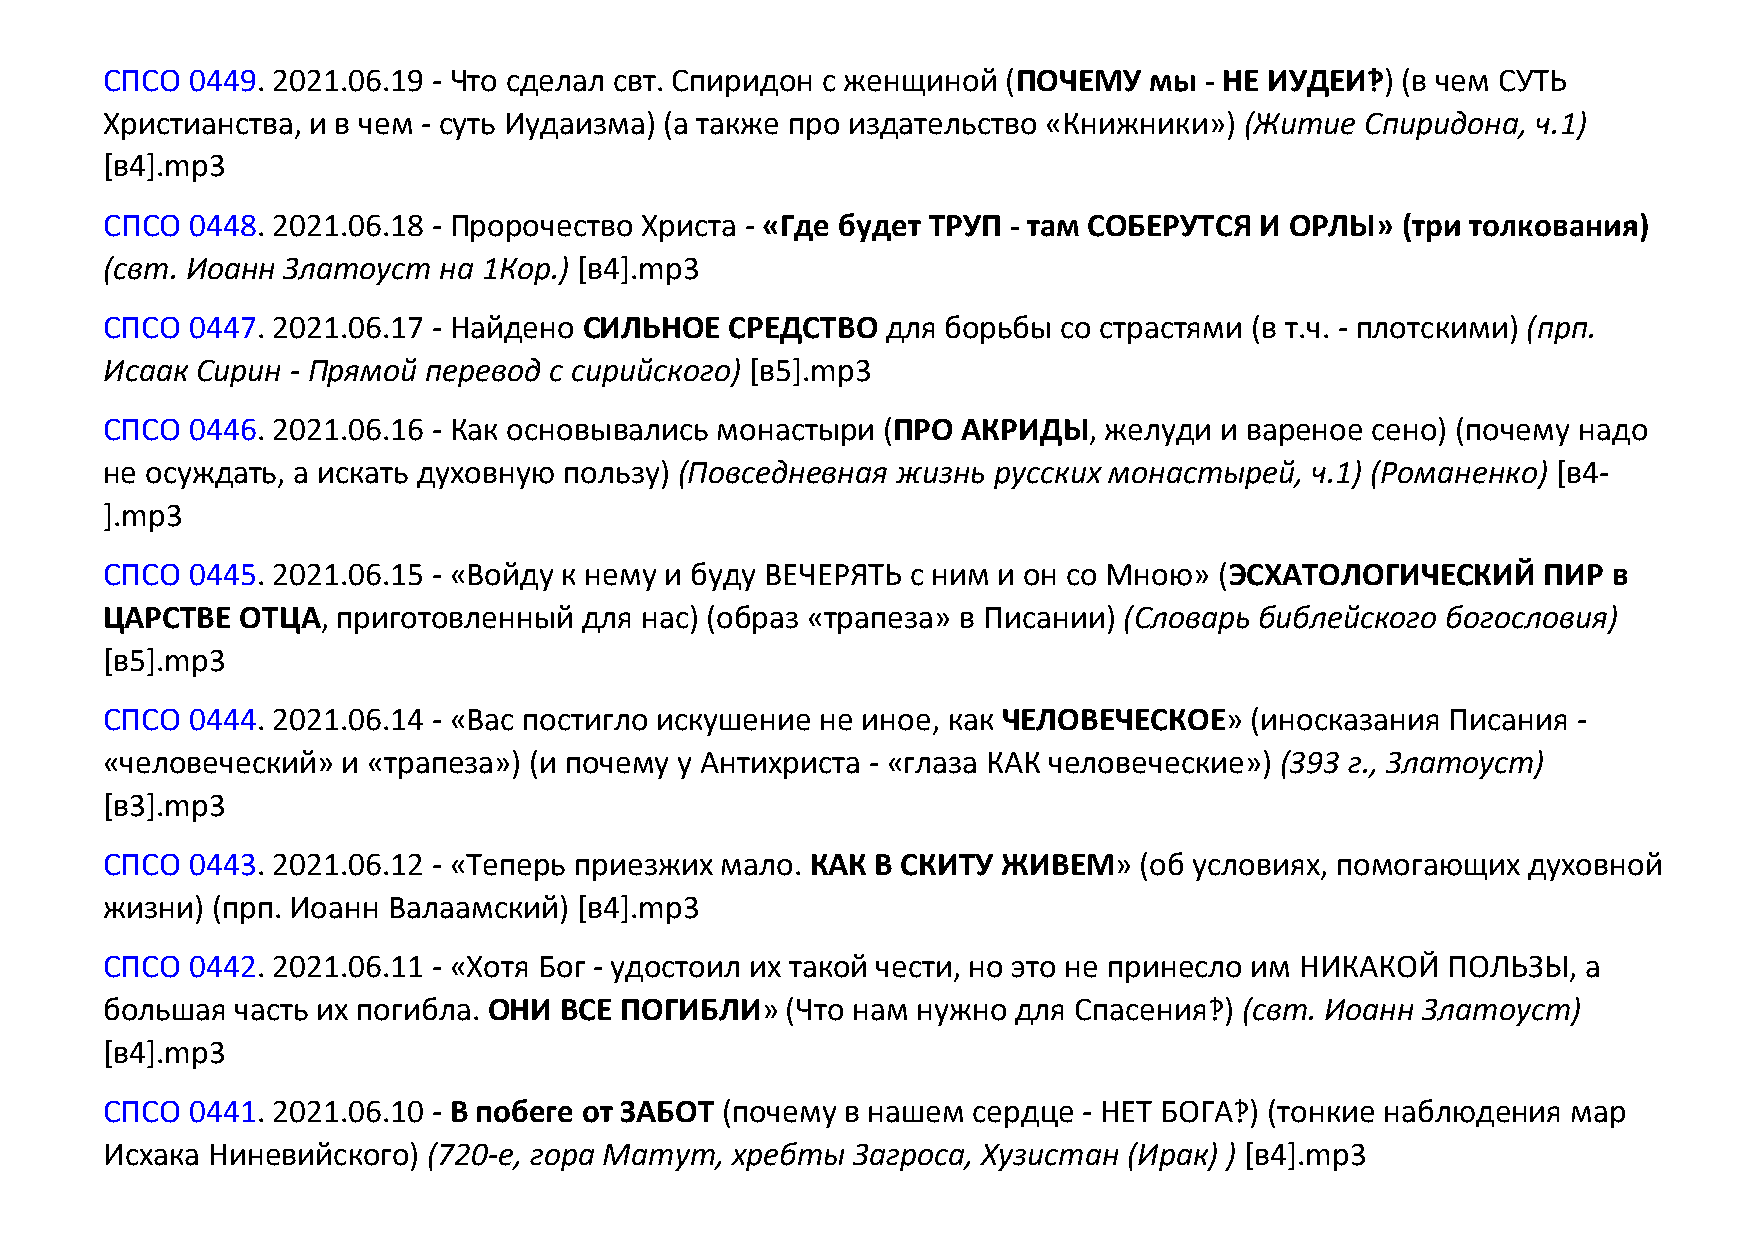
СПСО  0449. 2021.06.19 - Что сделал свт. Спиридон с женщиной (ПОЧЕМУ мы  - НЕ ИУДЕИ‽) (в чем СУТЬ
 Христианства, и в чем - суть Иудаизма) (а также про издательство «Книжники») (Житие Спиридона, ч.1)
 [в4].mp3
 СПСО  0448. 2021.06.18 - Пророчество Христа - «Где будет ТРУП - там СОБЕРУТСЯ И ОРЛЫ» (три толкования)
 (свт. Иоанн Златоуст  на 1Кор.) [в4].mp3
 СПСО  0447. 2021.06.17 - Найдено СИЛЬНОЕ СРЕДСТВО   для борьбы со страстями (в т.ч. - плотскими) (прп.
 Исаак Сирин - Прямой перевод с сирийского) [в5].mp3
 СПСО  0446. 2021.06.16 - Как основывались монастыри (ПРО АКРИДЫ,  желуди  и вареное сено) (почему надо
 не осуждать, а искать духовную пользу) (Повседневная жизнь русских монастырей,  ч.1) (Романенко) [в4-
 ].mp3
 СПСО  0445. 2021.06.15 - «Войду к нему и буду ВЕЧЕРЯТЬ с ним и он со Мною» (ЭСХАТОЛОГИЧЕСКИЙ   ПИР  в
 ЦАРСТВЕ  ОТЦА, приготовленный   для нас) (образ «трапеза» в Писании) (Словарь библейского богословия)
 [в5].mp3
 СПСО  0444. 2021.06.14 - «Вас постигло искушение не иное, как ЧЕЛОВЕЧЕСКОЕ» (иносказания Писания -
 «человеческий»  и «трапеза») (и почему у Антихриста - «глаза КАК человеческие») (393 г., Златоуст)
 [в3].mp3
 СПСО  0443. 2021.06.12 - «Теперь приезжих мало. КАК В СКИТУ ЖИВЕМ»  (об условиях, помогающих  духовной
 жизни) (прп. Иоанн Валаамский) [в4].mp3
 СПСО  0442. 2021.06.11 - «Хотя Бог - удостоил их такой чести, но это не принесло им НИКАКОЙ ПОЛЬЗЫ, а
 большая  часть их погибла. ОНИ ВСЕ ПОГИБЛИ»  (Что нам нужно для Спасения‽) (свт. Иоанн Златоуст)
 [в4].mp3
 СПСО  0441. 2021.06.10 - В побеге от ЗАБОТ (почему в нашем сердце - НЕТ БОГА‽) (тонкие наблюдения мар
 Исхака Ниневийского) (720-е, гора Матут, хребты  Загроса, Хузистан  (Ирак) ) [в4].mp3